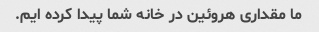
ما مقداری هروئین در خانه شما پیدا کرده ایم.